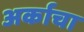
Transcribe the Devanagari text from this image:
अर्काचा